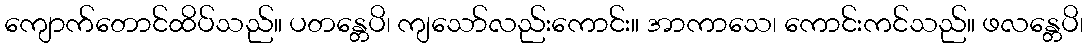
ကျောက်တောင်ထိပ်သည်။ ပတန္တေပိ၊ ကျသော်လည်းကောင်း။ အာကာသေ၊ ကောင်းကင်သည်။ ဖလန္တေပိ၊